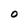
Character: O